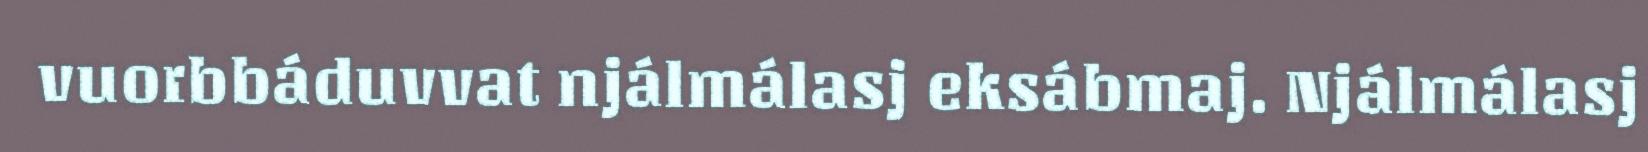
vuorbbáduvvat njálmálasj eksábmaj. Njálmálasj